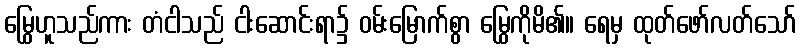
မြွေဟူသည်ကား တံငါသည် ငါးဆောင်းရာ၌ ဝမ်းမြောက်စွာ မြွေကိုမိ၏။ ရေမှ ထုတ်ဖော်လတ်သော်